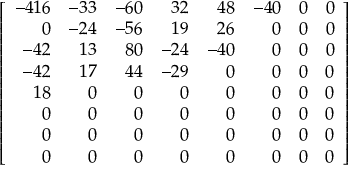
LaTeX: \left[ { \begin{array} { r r r r r r r r } { - 4 1 6 } & { - 3 3 } & { - 6 0 } & { 3 2 } & { 4 8 } & { - 4 0 } & { 0 } & { 0 } \\ { 0 } & { - 2 4 } & { - 5 6 } & { 1 9 } & { 2 6 } & { 0 } & { 0 } & { 0 } \\ { - 4 2 } & { 1 3 } & { 8 0 } & { - 2 4 } & { - 4 0 } & { 0 } & { 0 } & { 0 } \\ { - 4 2 } & { 1 7 } & { 4 4 } & { - 2 9 } & { 0 } & { 0 } & { 0 } & { 0 } \\ { 1 8 } & { 0 } & { 0 } & { 0 } & { 0 } & { 0 } & { 0 } & { 0 } \\ { 0 } & { 0 } & { 0 } & { 0 } & { 0 } & { 0 } & { 0 } & { 0 } \\ { 0 } & { 0 } & { 0 } & { 0 } & { 0 } & { 0 } & { 0 } & { 0 } \\ { 0 } & { 0 } & { 0 } & { 0 } & { 0 } & { 0 } & { 0 } & { 0 } \end{array} } \right]